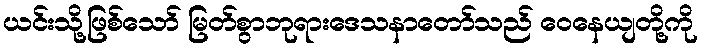
ယင်းသို့ဖြစ်သော် မြတ်စွာဘုရားဒေသနာတော်သည် ဝေနေယျတို့ကို